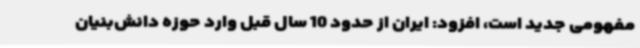
مفهومی جدید است، افزود: ایران از حدود 10 سال قبل وارد حوزه دانش‌بنیان